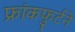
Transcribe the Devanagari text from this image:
फ्रांकफुर्टने